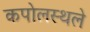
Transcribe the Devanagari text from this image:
कपोलस्थले